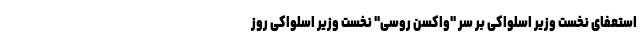
استعفای نخست وزیر اسلواکی بر سر "واکسن روسی" نخست وزیر اسلواکی روز